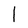
Character: I